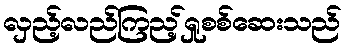
လှည့်လည်ကြည့်ရှုစစ်ဆေးသည်